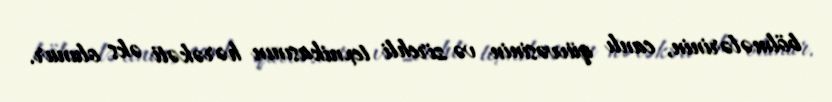
bölmələrinin, canlı qüvvəsinin və zirehli texnikasının hərəkəti əks olunur.